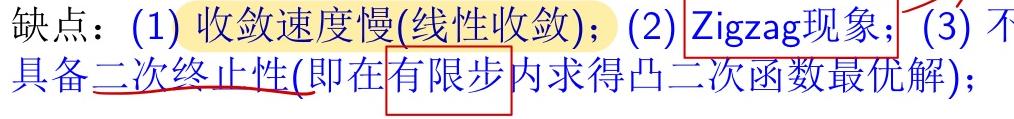
缺点：(1) 收敛速度慢(线性收敛)；(2) Zigzag现象；(3) 不具备二次终止性(即在有限步内求得凸二次函数最优解)；